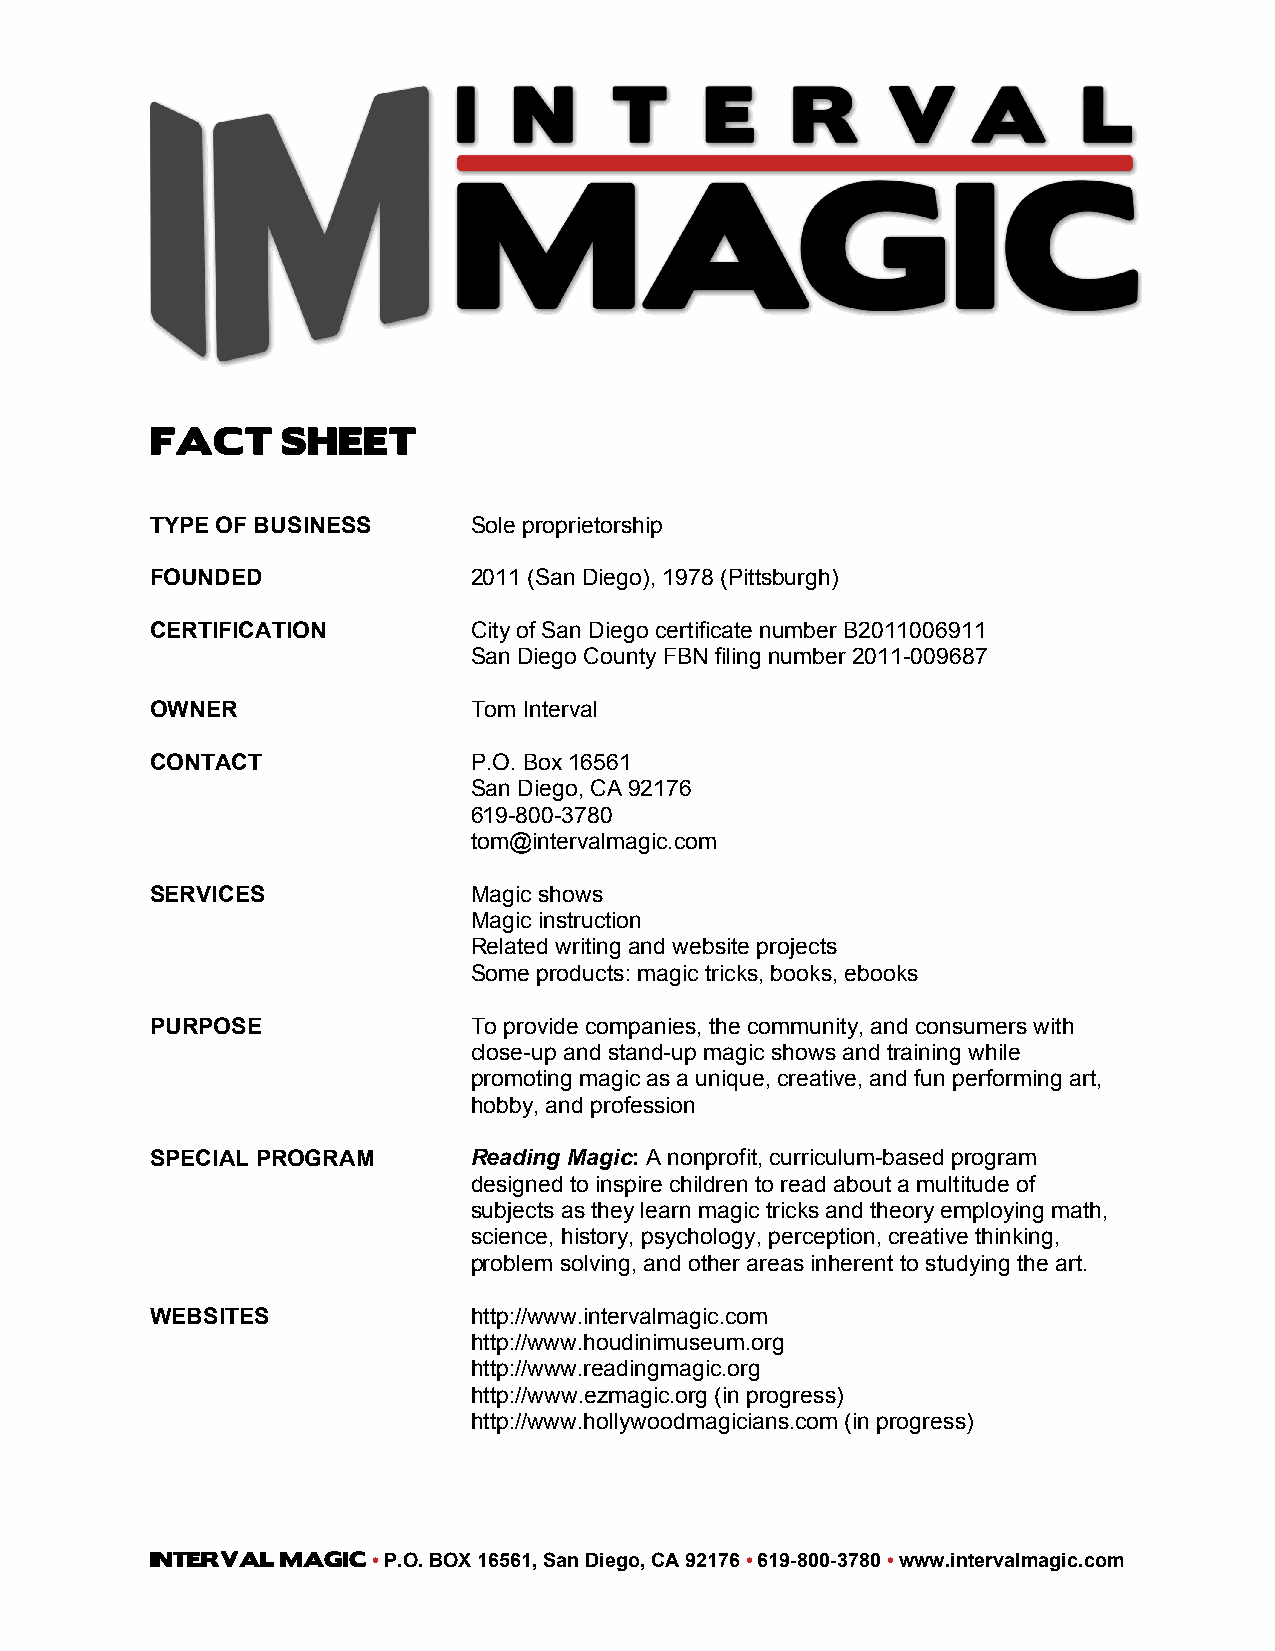
FACT     SHEET
 TYPE OF BUSINESS     Sole proprietorship
 FOUNDED              2011 (San Diego), 1978 (Pittsburgh)
 CERTIFICATION        City of San Diego certificate number B2011006911
 San Diego County FBN filing number 2011-009687
 OWNER                Tom Interval
 CONTACT              P.O. Box 16561
 San Diego, CA 92176
 619-800-3780
 tom@intervalmagic.com
 SERVICES             Magic shows
 Magic instruction
 Related writing and website projects
 Some products: magic tricks, books, ebooks
 PURPOSE              To provide companies, the community, and consumers with
 close-up and stand-up magic shows and training while
 promoting magic as a unique, creative, and fun performing art,
 hobby, and profession
 SPECIAL PROGRAM      Reading Magic: A nonprofit, curriculum-based program
 designed to inspire children to read about a multitude of
 subjects as they learn magic tricks and theory employing math,
 science, history, psychology, perception, creative thinking,
 problem solving, and other areas inherent to studying the art.
 WEBSITES             http://www.intervalmagic.com
 http://www.houdinimuseum.org
 http://www.readingmagic.org
 http://www.ezmagic.org (in progress)
 http://www.hollywoodmagicians.com (in progress)
 INTERVAL MAGIC • P.O. BOX 16561, San Diego, CA 92176 • 619-800-3780 • www.intervalmagic.com